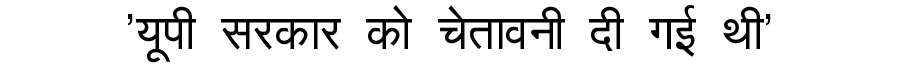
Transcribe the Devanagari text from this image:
'यूपी सरकार को चेतावनी दी गई थी'